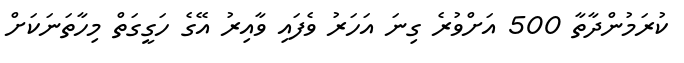
ކުރަމުންދާތާ 500 އަށްވުރެ ގިނަ އަހަރު ވެފައި ވާއިރު އޭގެ ހަގީގަތް މިހާތަނަކަށް